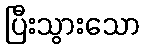
ပြီးသွားသော